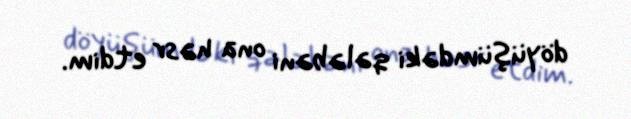
döyüşümdəki qələbəni ona həsr etdim.